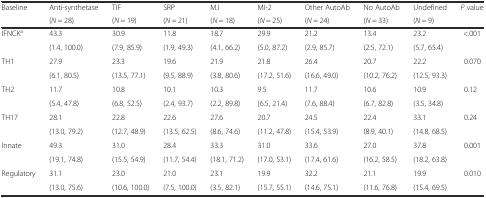
<table><thead><tr><td rowspan="2"><b>Baseline</b></td><td><b>Anti-synthetase</b></td><td><b>TIF</b></td><td><b>SRP</b></td><td><b>MJ</b></td><td><b>MI-2</b></td><td><b>Other AutoAb</b></td><td><b>No AutoAb</b></td><td><b>Undefined</b></td><td><b><i>P</i> value</b></td></tr><tr><td><b>(<i>N</i> = 28)</b></td><td><b>(<i>N</i> = 19)</b></td><td><b>(<i>N</i> = 21)</b></td><td><b>(<i>N</i> = 18)</b></td><td><b>(<i>N</i> = 25)</b></td><td><b>(<i>N</i> = 24)</b></td><td><b>(<i>N</i> = 33)</b></td><td><b>(<i>N</i> = 9)</b></td><td></td></tr></thead><tbody><tr><td rowspan="2">IFNCK<sup>a</sup></td><td>43.3</td><td>30.9</td><td>11.8</td><td>18.7</td><td>29.9</td><td>21.2</td><td>13.4</td><td>23.2</td><td rowspan="2">&lt;.001</td></tr><tr><td>(1.4, 100.0)</td><td>(7.9, 85.9)</td><td>(1.9, 49.3)</td><td>(4.1, 66.2)</td><td>(5.0, 87.2)</td><td>(2.9, 85.7)</td><td>(2.5, 72.1)</td><td>(5.7, 65.4)</td></tr><tr><td rowspan="2">TH1</td><td>27.9</td><td>23.3</td><td>19.6</td><td>21.9</td><td>21.8</td><td>26.4</td><td>20.7</td><td>22.2</td><td>0.070</td></tr><tr><td>(6.1, 80.5)</td><td>(13.5, 77.1)</td><td>(9.5, 88.9)</td><td>(3.8, 80.6)</td><td>(17.2, 51.6)</td><td>(16.6, 49.0)</td><td>(10.2, 76.2)</td><td>(12.5, 93.3)</td><td></td></tr><tr><td rowspan="2">TH2</td><td>11.7</td><td>10.8</td><td>10.1</td><td>10.3</td><td>9.5</td><td>11.7</td><td>10.6</td><td>10.9</td><td rowspan="2">0.12</td></tr><tr><td>(5.4, 47.8)</td><td>(6.8, 52.5)</td><td>(2.4, 93.7)</td><td>(2.2, 89.8)</td><td>(6.5, 21.4)</td><td>(7.6, 88.4)</td><td>(6.7, 82.8)</td><td>(3.5, 34.8)</td></tr><tr><td rowspan="2">TH17</td><td>28.1</td><td>22.8</td><td>22.6</td><td>27.6</td><td>20.7</td><td>24.5</td><td>22.4</td><td>33.1</td><td rowspan="2">0.24</td></tr><tr><td>(13.0, 79.2)</td><td>(12.7, 48.9)</td><td>(13.5, 62.5)</td><td>(8.6, 74.6)</td><td>(11.2, 47.8)</td><td>(15.4, 53.9)</td><td>(8.9, 40.1)</td><td>(14.8, 68.5)</td></tr><tr><td rowspan="2">Innate</td><td>49.3</td><td>31.0</td><td>28.4</td><td>33.3</td><td>31.0</td><td>33.6</td><td>27.0</td><td>37.8</td><td rowspan="2">0.001</td></tr><tr><td>(19.1, 74.8)</td><td>(15.5, 54.9)</td><td>(11.7, 54.4)</td><td>(18.1, 71.2)</td><td>(17.0, 53.1)</td><td>(17.4, 61.6)</td><td>(16.2, 58.5)</td><td>(18.2, 63.8)</td></tr><tr><td rowspan="2">Regulatory</td><td>31.1</td><td>23.0</td><td>21.0</td><td>23.1</td><td>19.9</td><td>32.2</td><td>21.1</td><td>19.9</td><td rowspan="2">0.010</td></tr><tr><td>(13.0, 75.6)</td><td>(10.6, 100.0)</td><td>(7.5, 100.0)</td><td>(3.5, 82.1)</td><td>(15.7, 55.1)</td><td>(14.6, 75.1)</td><td>(11.6, 76.8)</td><td>(15.4, 69.5)</td></tr></tbody></table>